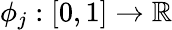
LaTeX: \phi_{j}:[0,1]\rightarrow\mathbb{R}